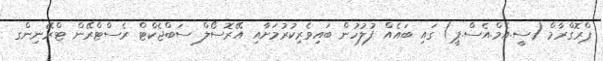
ޕްރޮގްރާމް (ސީ.އެމް.އެސް.ޕީ) ގައި ބައެއް ފުލުހުން ބައިވެރިކުރުމަށާއި އޭރޮސޯލް ސަބްޖެކްޓް ރެސްޓްރޭން ޓްރޭނިންގ